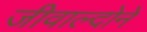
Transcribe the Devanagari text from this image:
जीवाल्दोने